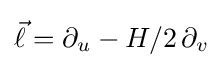
{\vec {\ell }}=\partial _{u}-H/2\,\partial _{v}